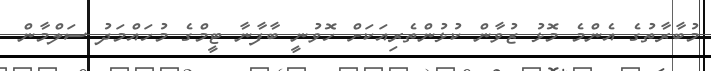
މުބާރާތުގެ އެންމެ މޮޅު ޒުވާން ކުޅުންތެރިއަކަށް ހޮވުނީ ބާފާނާ ޓީމްގެ މުހައްމަދު ސަލްމާން